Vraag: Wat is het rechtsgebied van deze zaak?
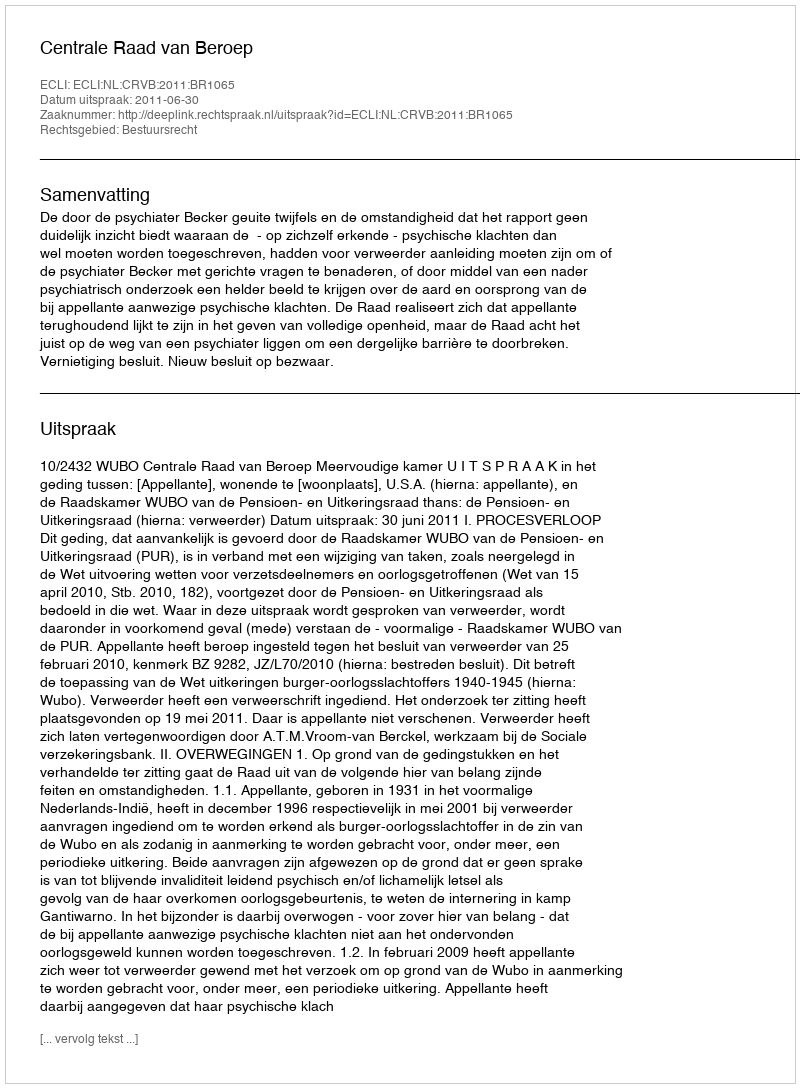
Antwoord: Bestuursrecht